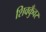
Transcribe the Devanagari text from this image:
शिवकुँवर